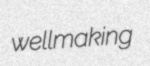
wellmaking